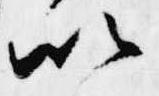
以